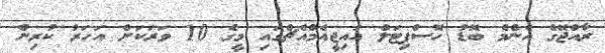
ރާއްޖޭގެ އެންމެ ބޮޑު ހޮސްޕިޓަލް އައިޖީއެމްއެޗްގައި މީގެ 10 ވަރަކަށް އަހަރު ކުރިން